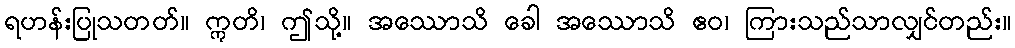
ရဟန်းပြုသတတ်။ ဣတိ၊ ဤသို့။ အဿောသိ ခေါ အဿောသိ ဧဝ၊ ကြားသည်သာလျှင်တည်း။